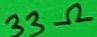
Text: 33Ω